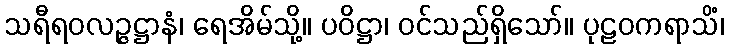
သရီရဝလဉ္ဇဋ္ဌာနံ၊ ရေအိမ်သို့။ ပဝိဋ္ဌာ၊ ဝင်သည်ရှိသော်။ ပုဠဝကရာသိံ၊